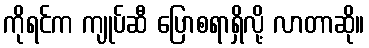
ကိုရင်က ကျုပ်ဆီ ပြောစရာရှိလို့ လာတာဆို။